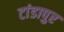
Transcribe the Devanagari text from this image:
टांडापुर